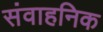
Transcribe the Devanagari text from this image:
संवाहनिक